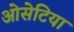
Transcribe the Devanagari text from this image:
ओसेटिया